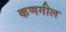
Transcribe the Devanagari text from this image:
कणगील